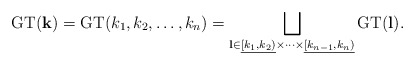
\begin{align*}\textrm{GT}(\mathbf{k})=\textrm{GT}(k_1,k_2,\ldots,k_n)=\bigsqcup_{\mathbf{l} \in \underline{[k_1,k_2)}\times\cdots\times\underline{[k_{n-1},k_n)}} \textrm{GT}(\mathbf{l}).\end{align*}